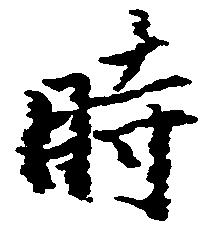
時